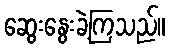
ဆွေးနွေးခဲ့ကြသည်။